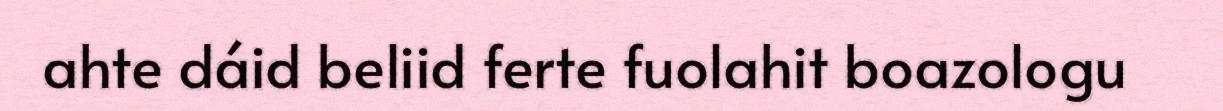
ahte dáid beliid ferte fuolahit boazologu